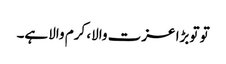
تو توبڑا عزت والا، کرم والاہے۔